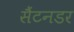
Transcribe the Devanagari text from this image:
सैंटनडर